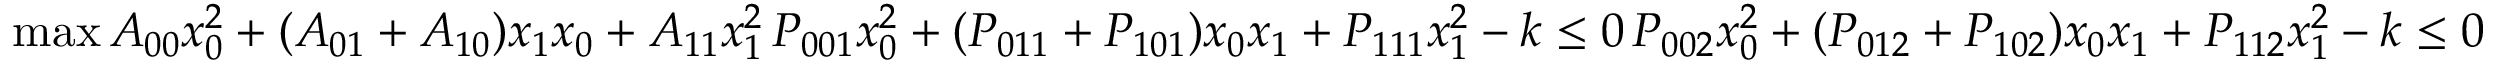
\operatorname* { m a x } A _ { 0 0 } x _ { 0 } ^ { 2 } + ( A _ { 0 1 } + A _ { 1 0 } ) x _ { 1 } x _ { 0 } + A _ { 1 1 } x _ { 1 } ^ { 2 } \, P _ { 0 0 1 } x _ { 0 } ^ { 2 } + ( P _ { 0 1 1 } + P _ { 1 0 1 } ) x _ { 0 } x _ { 1 } + P _ { 1 1 1 } x _ { 1 } ^ { 2 } - k \le 0 \, P _ { 0 0 2 } x _ { 0 } ^ { 2 } + ( P _ { 0 1 2 } + P _ { 1 0 2 } ) x _ { 0 } x _ { 1 } + P _ { 1 1 2 } x _ { 1 } ^ { 2 } - k \le 0